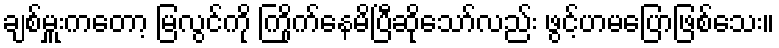
ချစ်မှူးကတော့ မြလွင်ကို ကြိုက်နေမိပြီဆိုသော်လည်း ဖွင့်ဟမပြောဖြစ်သေး။